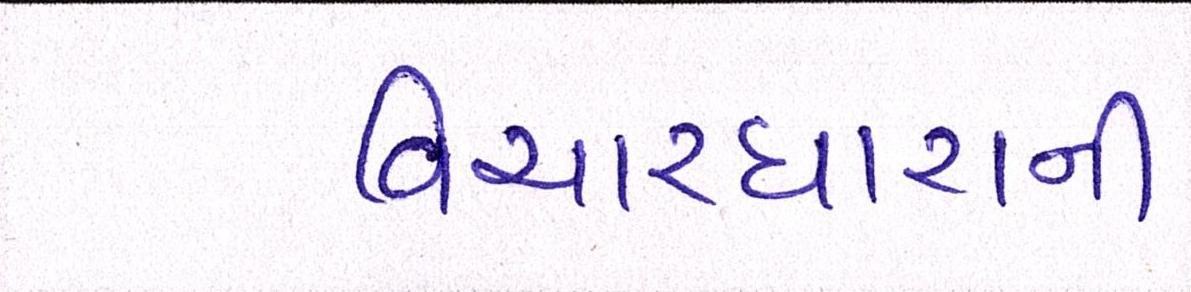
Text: વિચારધારાની